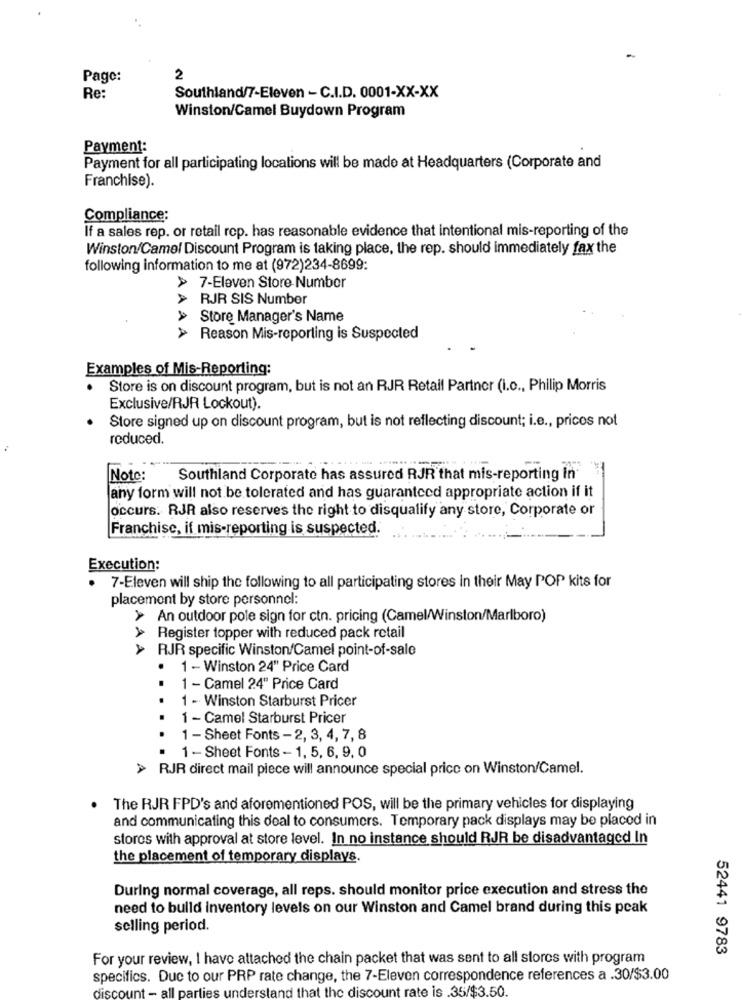
Page:
2
Re:
Southland/7-Eleven - C.I.D. 0001-XX-XX
Winston/Camel Buydown Program
Payment:
Payment for all participating locations will be made at Headquarters (Corporate and
Franchise).
Compliance:
If a sales rep. or retail rep. has reasonable evidence that intentional mis-reporting of the
Winston/Camel Discount Program is taking place, the rep. should immediately fax the
following information to me at (972)234-8699:
> 7-Eleven Store Number
RJR SIS Number
Store Manager's Name
> Reason Mis-reporting is Suspected
AAAA
Examples of Mis-Reporting:
.
Store is on discount program, but is not an RJR Retail Partner (i.o ., Philip Morris
Exclusive/RJR Lockout).
Store signed up on discount program, but is not reflecting discount; i.e ., prices not
reduced.
Note :
Southland Corporate has assured RJR that mis-reporting in
any form will not be tolerated and has guaranteed appropriate action if it
occurs. RJR also reserves the right to disqualify any store, Corporate or
Franchise, if mis-reporting is suspected.
Execution:
.
7-Eleven will ship the following to all participating stores in their May POP kits for
placement by store personnel:
> An outdoor pole sign for ctn. pricing (Camel/Winston/Marlboro)
Register topper with reduced pack retail
AAA
RJR specific Winston/Camel point-of-sale
1 - Winston 24" Price Card
1 - Camel 24" Price Card
1 - Winston Starburst Pricer
1 - Camel Starburst Pricer
1 - Sheet Fonts - 2, 3, 4, 7, 8
1 - Sheet Fonts - 1, 5, 6, 9, 0
> RJR direct mail piece will announce special price on Winston/Camel.
The RJR FPD's and aforementioned POS, will be the primary vehicles for displaying
and communicating this deal to consumers. Temporary pack displays may be placed in
stores with approval at store level. In no instance should RJR be disadvantaged In
the placement of temporary displays.
During normal coverage, all reps. should monitor price execution and stress the
need to build inventory levels on our Winston and Camel brand during this peak
selling period.
52441 9783
For your review, I have attached the chain packet that was sent to all stores with program
specifics. Due to our PRP rate change, the 7-Eleven correspondence references a .30/$3.00
discount - all parties understand that the discount rate is .35/$3.50.